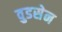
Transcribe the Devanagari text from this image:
वुडसेन